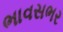
ભાવસભર